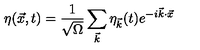
\eta ( \vec { x } , t ) = \frac { 1 } { \sqrt { \Omega } } \sum _ { \vec { k } } \eta _ { \vec { k } } ( t ) e ^ { - i \vec { k } \cdot \vec { x } }